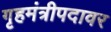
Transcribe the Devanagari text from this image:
गृहमंत्रीपदावर